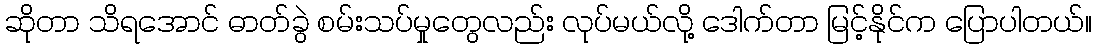
ဆိုတာ သိရအောင် ဓာတ်ခွဲ စမ်းသပ်မှုတွေလည်း လုပ်မယ်လို့ ဒေါက်တာ မြင့်နိုင်က ပြောပါတယ်။